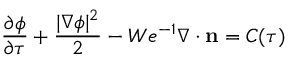
\frac { \partial \phi } { \partial \tau } + \frac { | \nabla \phi | ^ { 2 } } { 2 } - W e ^ { - 1 } \nabla \cdot \mathbf { n } = C ( \tau )